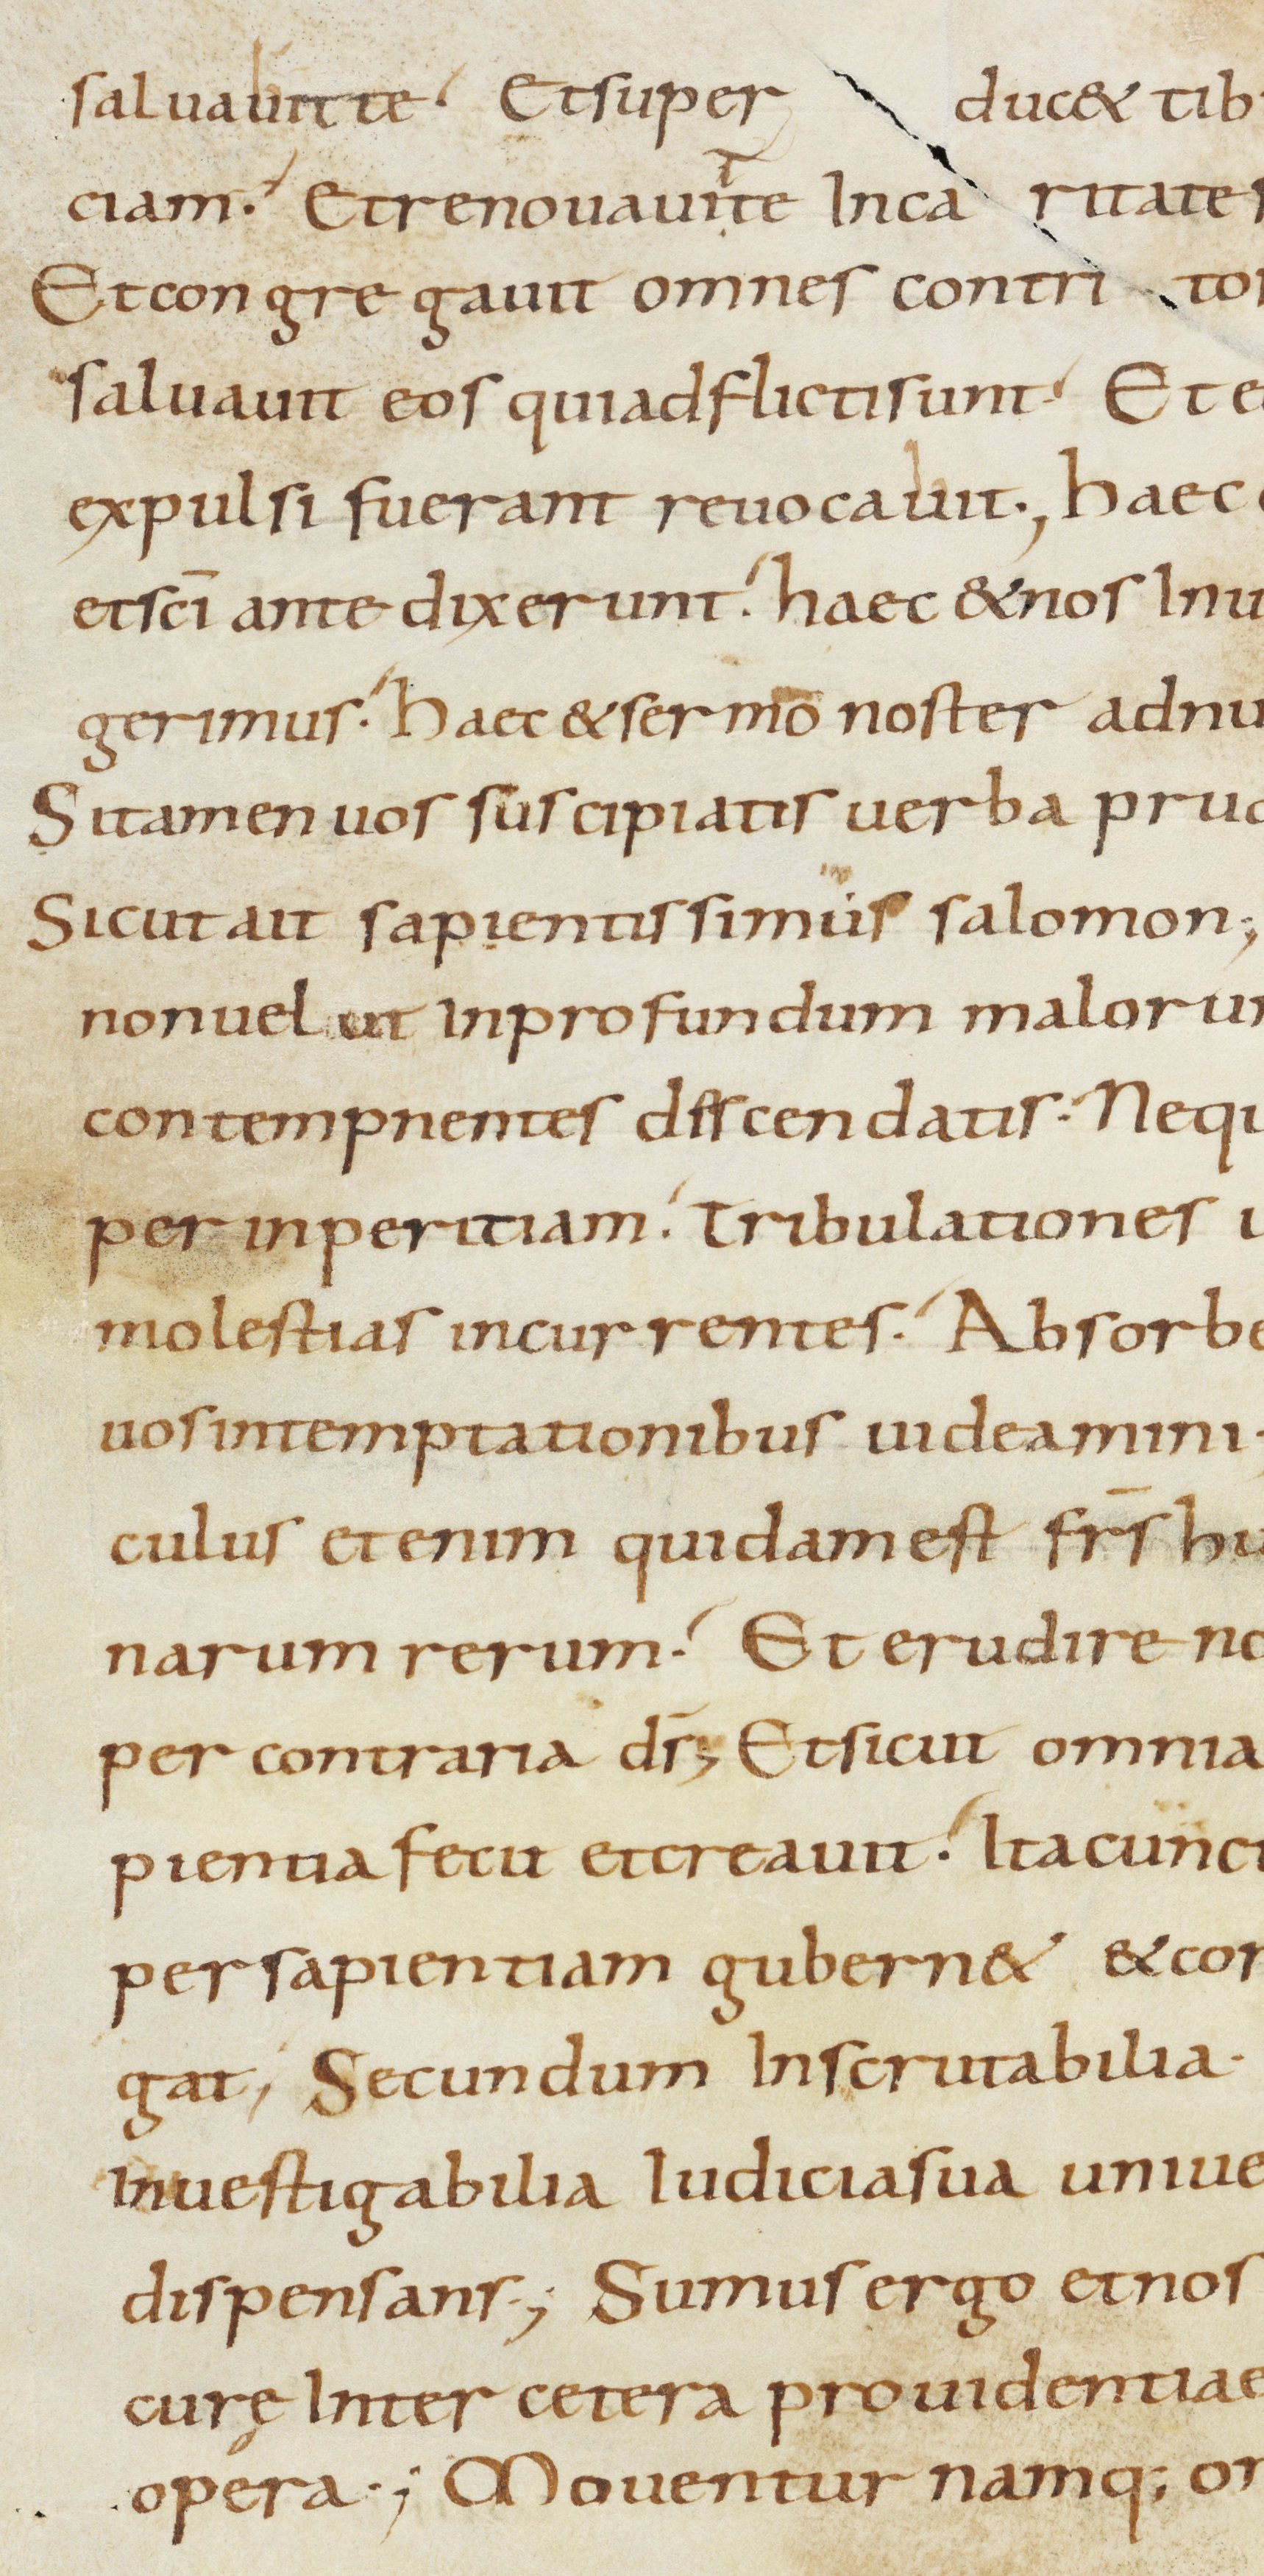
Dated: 800–899